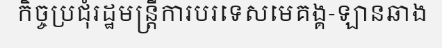
កិច្ចប្រជុំរដ្ឋមន្ត្រីការបរទេសមេគង្គ-ឡានឆាង